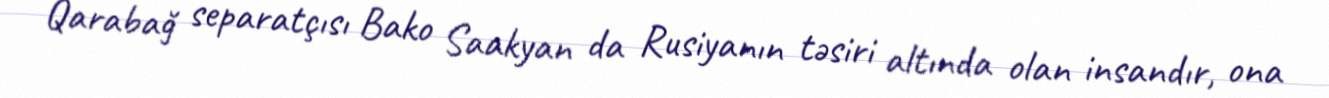
Qarabağ separatçısı Bako Saakyan da Rusiyanın təsiri altında olan insandır, ona